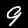
Label: 9